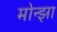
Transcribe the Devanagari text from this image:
मोन्झा